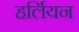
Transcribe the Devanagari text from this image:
हर्लियन